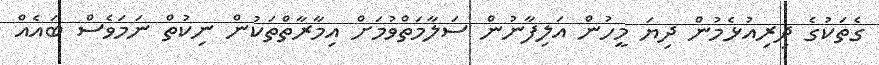
ގެތަކުގެ ދިރިއުޅެމުން ދިޔަ މީހުން އަލިފާނުން ސަލާމަތްވުމަށް އިމާރާތްތަކުން ނިކުތް ނަމަވެސް ބައެއް